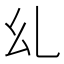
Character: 乣